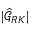
\lvert \hat { \mathcal { G } } _ { R K } \rvert